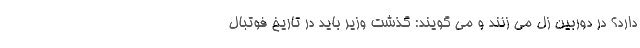
دارد؟ در دوربین زل می زنند و می گویند: گذشت وزیر باید در تاریخ فوتبال